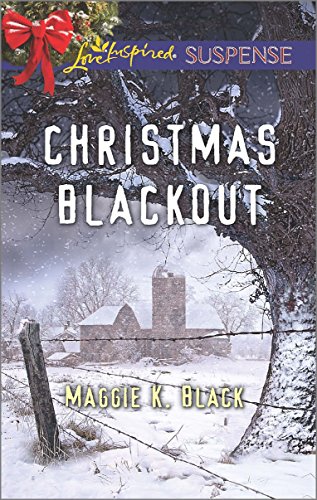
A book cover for Christmas Blackout (Love Inspired Suspense); Maggie K. Black; Romance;